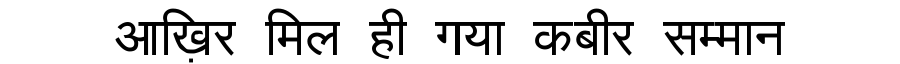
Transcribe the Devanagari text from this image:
आख़िर मिल ही गया कबीर सम्मान